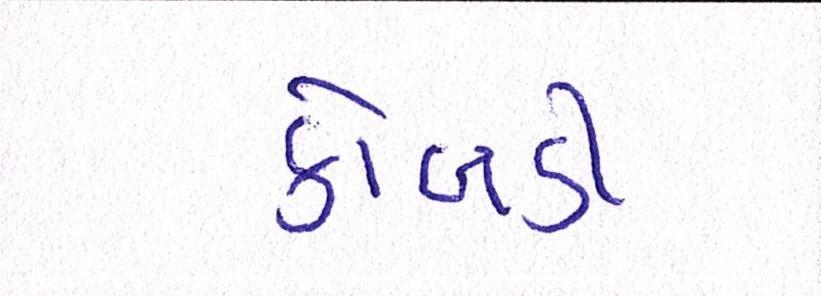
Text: કોબડી